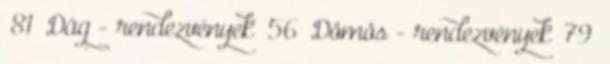
81 Dág - rendezvények 56 Dömös - rendezvények 79